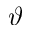
\vartheta